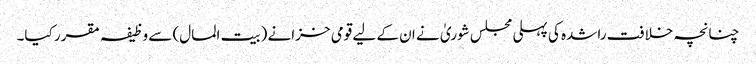
چنانچہ خلافت راشدہ کی پہلی مجلس شوریٰ نے ان کے لیے قومی خزانے (بیت المال) سے وظیفہ مقرر کیا۔